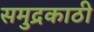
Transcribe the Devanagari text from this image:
समुद्रकाठी